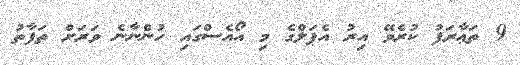
9 ތަޢާރަފު ކުރެވޭ އިރު އެޕަލްގެ މި އޯއެސްގައި ހުންނާނެ ވަރަށް ތަފާތު